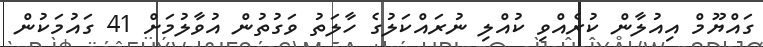
ގައްޔޫމް އިއުލާން ކުރެއްވި ކުއްލި ނުރައްކަލުގެ ހާލަތު ވަގުތުން އުވާލުމަށް 41 ގައުމަކުން